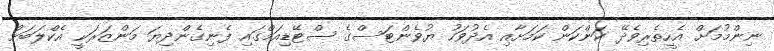
ނިންމުމަށް އެހީތެރިވެދޭ ކަންކަން ކަމަށާއި އެދުވަހު ޔުވެންޓަސްގެ ސްޓޭޑިއަމްގައި ފެނިގެންދިޔަ މަންޒަރަކީ އެކްލަބަށް